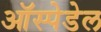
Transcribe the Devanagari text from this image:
ऑस्पेडेल